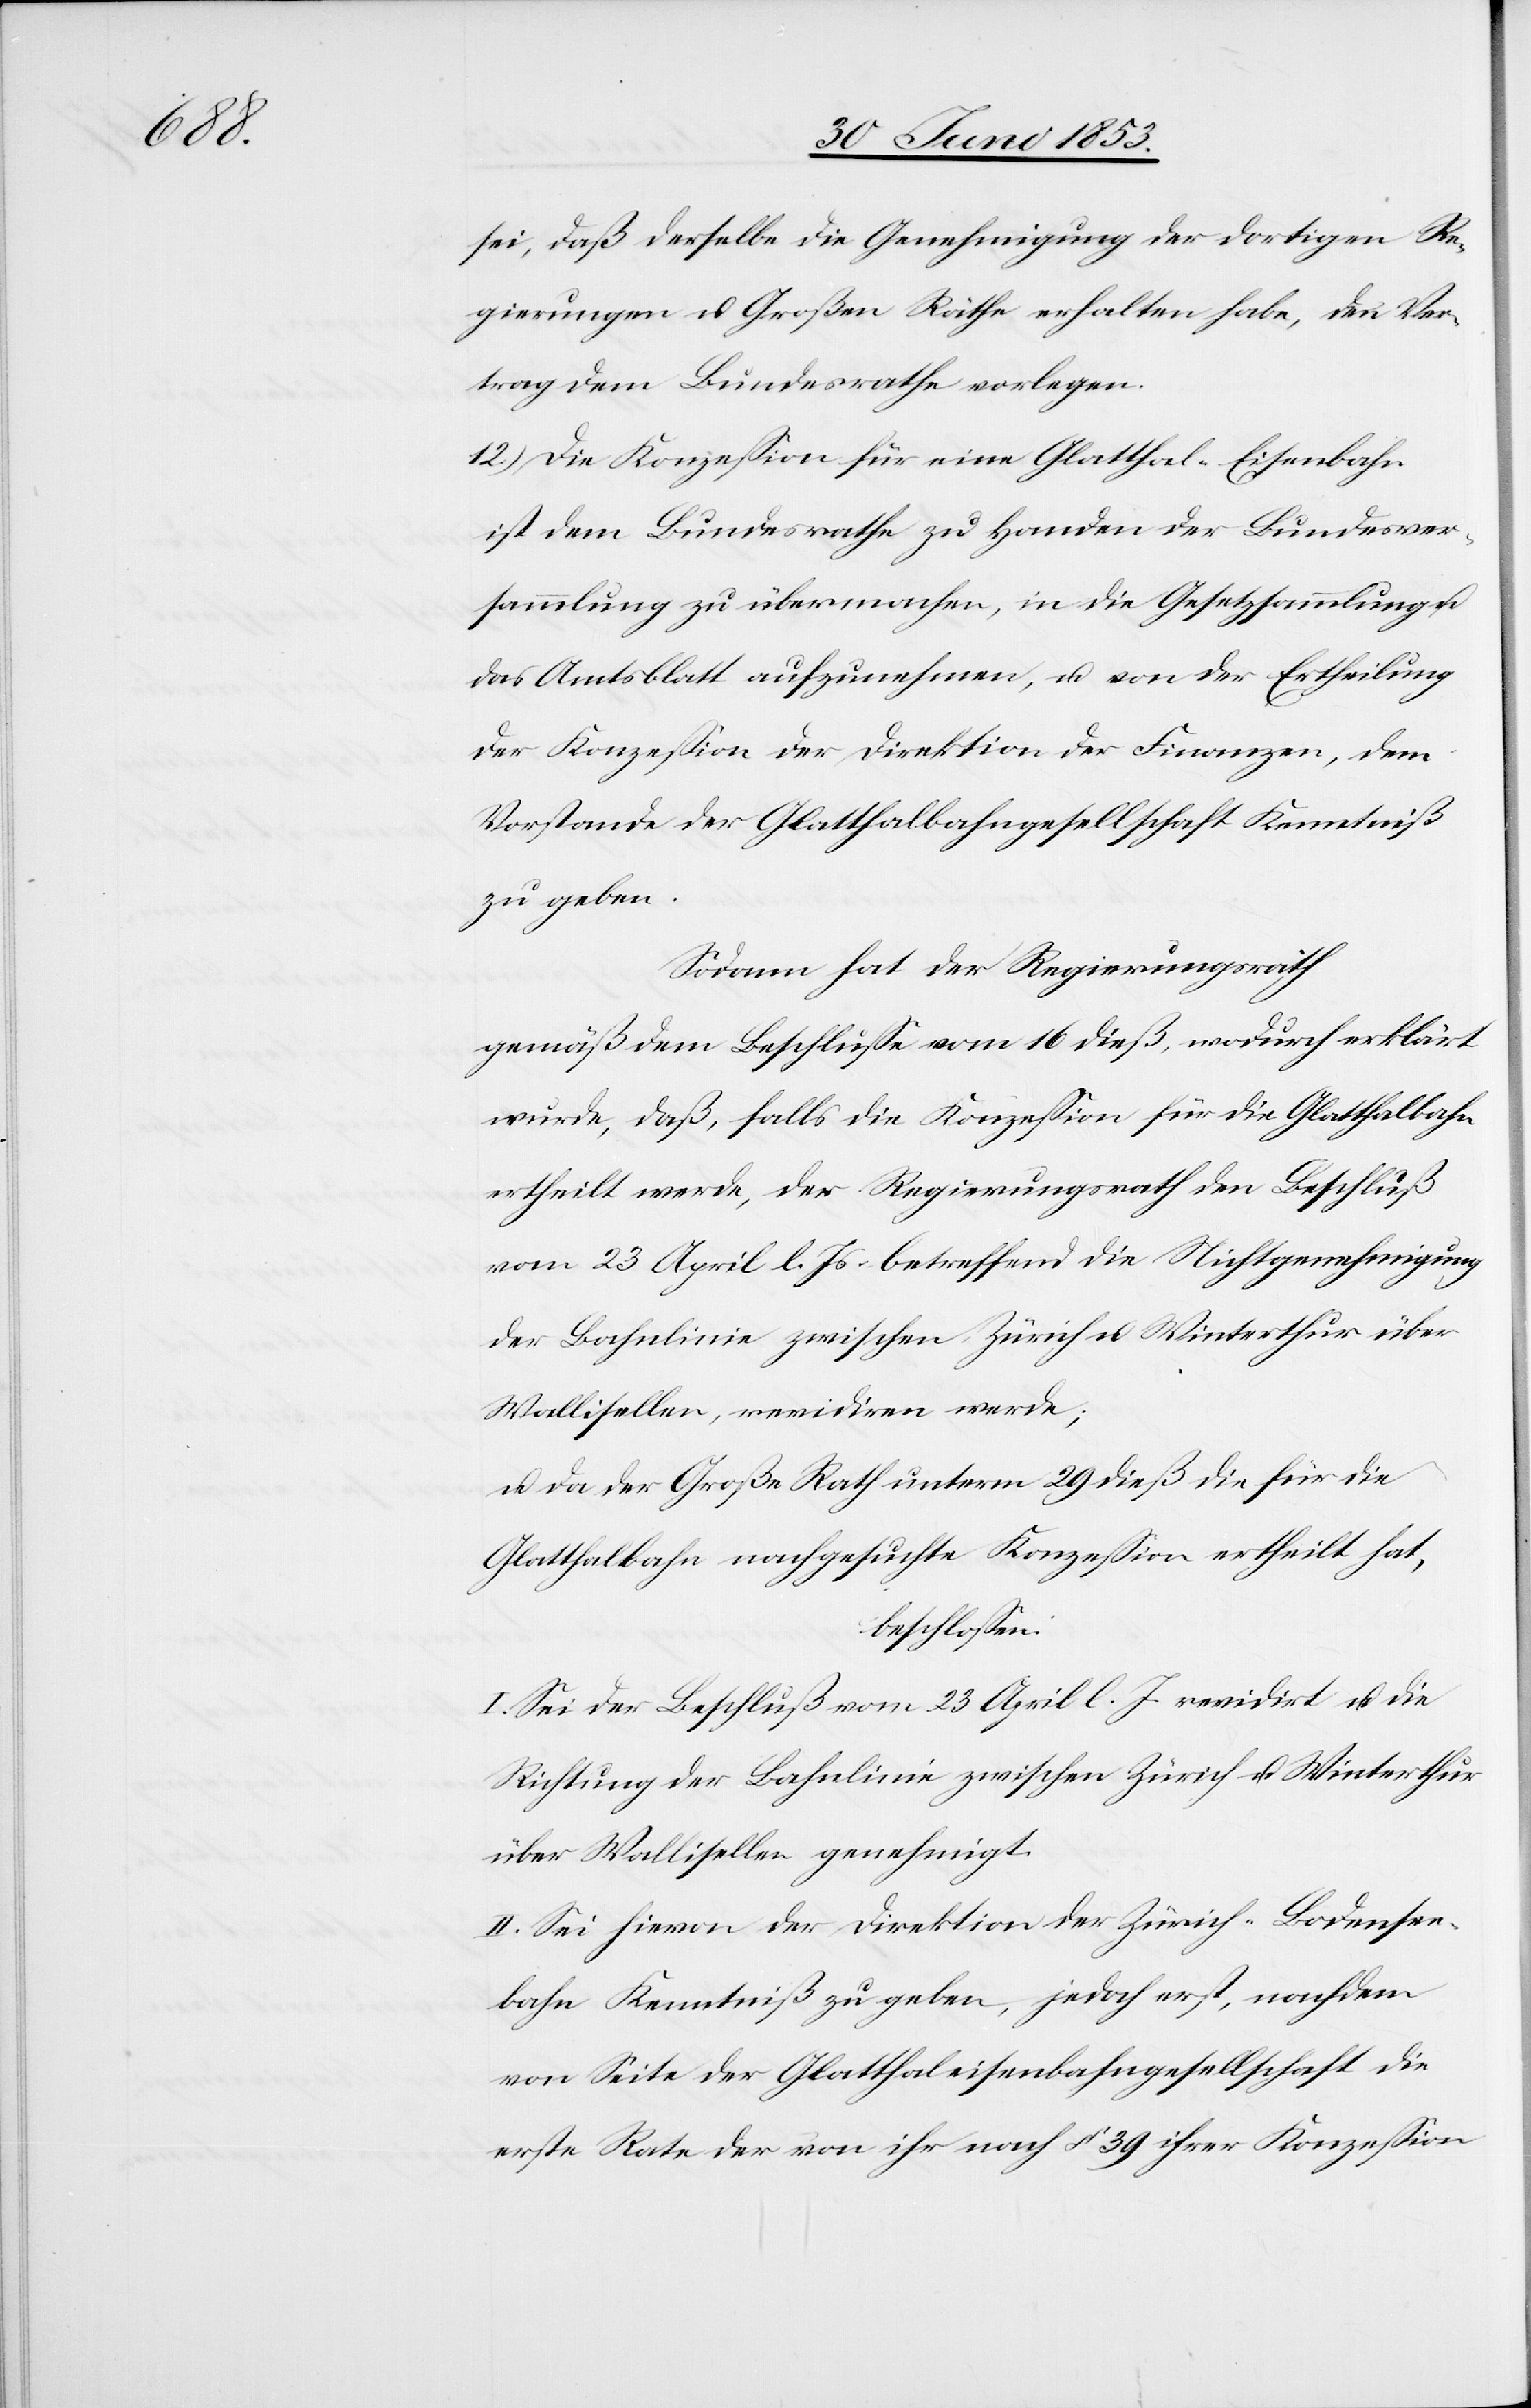
sei, daß derselbe die Genehmigung der dortigen Re¬
gierungen u. Großen Räthe erhalten habe, den Vor¬
trag dem Bundesrathe vorlegen.
12.) Die Konzeßion für eine Glatthal-Eisenbahn
ist dem Bundesrathe zu Handen der Bundesver¬
sammlung zu übermachen, in die Gesetzessammlung u.
das Amtsblatt aufzunehmen, u. von der Ertheilung
der Konzeßion der Direktion der Finanzen, dem
Vorstande der Glatthalbahngesellschaft Kenntniß
zu geben.
Sodann hat der Regierungsrath
Gemäß dem Beschluße vom 16 dieß, wodurch erklärt
wurde, daß, falls die Konzeßion für die Glatthalbahn
ertheilt werde, der Regierungsrath den Beschluß
vom 23 April l. Js. betreffend die Nichtgenehmigung
der Bahnlinie zwischen Zürich u. Winterthur über
Wallisellen, revidiren werde;
u. da der Große Rath unterm 29 dieß die für die
Glattthalbahn nachgesuchte Konzeßion ertheilt hat,
beschloßen:
I. Sei der Beschluß vom 23 April l. J. revidirt u. die
Richtung der Bahnlinie zwischen Zürich u. Winterthur
über Wallisellen genehmigt.
II. Sei hievon der Direktion der Zürich-Bodensee¬
bahn Kenntniß zu geben, jedoch erst, nachdem
von Seite der Glatthaleisenbahngesellschaft die
erste Rate der von ihr nach § 39 ihrer Konzeßion